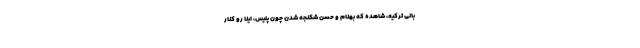
باني تركيه، شاهده كه بهنام و حسن شكنجه شدن چون پليس، اينا رو كنار